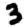
Digit: 3